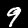
Label: 9